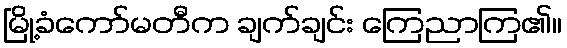
မြို့ခံကော်မတီက ချက်ချင်း ကြေညာကြ၏။